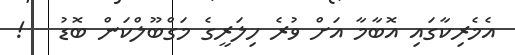
އެމެރިކާގައި އޮބާމާ އަށް ވުރެ ހިލަރީގެ މަގްބޫލްކަން ބޮޑު   !